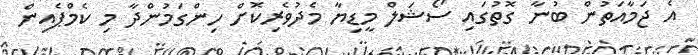
އެ ޖަމާއަތުން ބުނާ ގޮތުގައި ސޯޝަލް މީޑިޔާ މެދުވެރިކޮށް ހިންގަމުންދާ މި ކެމްޕެއިން